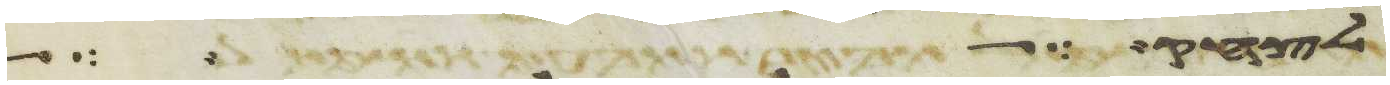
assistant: לחק לך